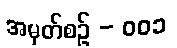
အမှတ်စဥ် - ၀၀၁